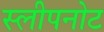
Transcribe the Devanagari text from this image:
स्लीपनोट